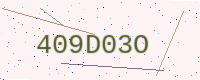
Text: 409D03O